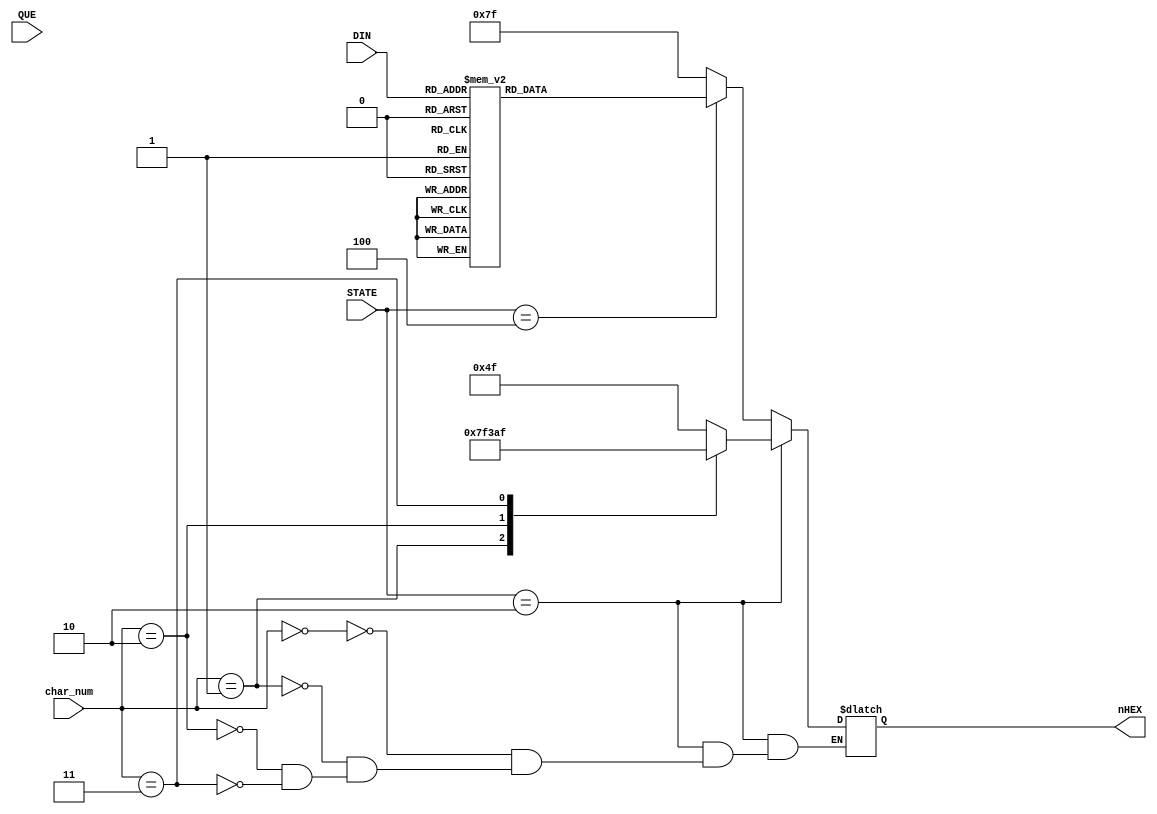
module SEG7DEC_5(//
     //input CLK,
      input [2:0] char_num, 
     input [3:0] STATE,
     input [3:0] DIN,//SEG_Q??4bit????????
     input [3:0] QUE,
     output reg [6:0] nHEX
);

localparam  READY = 4'b0010, QUESTION = 4'b0011, INPUT = 4'b0100, DRAW = 4'b0110
            , WRONG = 4'b0111, GOOD = 4'b1000, OUCH = 4'b1001, WIN = 4'b1010, LOSE = 4'b1011;

always @* begin
    if(STATE == READY)begin
        case(char_num)
            3'b000:    nHEX = 7'b1001111; //
            3'b001:    nHEX = 7'b0011111; //
            3'b010:    nHEX = 7'b1100111; //
            3'b011:    nHEX = 7'b0101111; //R

        endcase
    end
    else if(STATE == INPUT)begin//INPUT
        case(DIN)
            4'h0:	nHEX = 7'b0111111;//??
            4'h1:	nHEX = 7'b0100100;//2
            4'h2:	nHEX = 7'b0110000;//3
            4'h3:	nHEX = 7'b0010010;//5
            4'h4:	nHEX = 7'b1011000;//7
            4'h5:	nHEX = 7'b1111001;//1
            4'h6:	nHEX = 7'b0110000;//3
            4'h7:	nHEX = 7'b1011000;//7
            4'h8:	nHEX = 7'b0010000;//9
            4'h9:	nHEX = 7'b0110000;//3
            default:nHEX = 7'b1111111;//?????
        endcase
    end
    else begin
        nHEX = 7'b1111111;//nothing
    end

end



endmodule